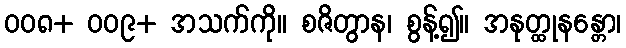
၀၀၈+ ၀၀၉+ အသက်ကို။ စဇိတွာန၊ စွန့်၍။ အနုတ္ထုနန္တော၊